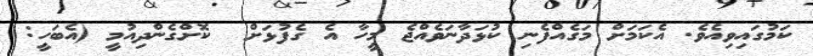
ކަމުގައިވިއެވެ. އެކަމަށް މަގެއްފެނި ކުޅަދާނަވެއްޖެ މީހާ އެ ގެފުޅަށް  ކޮށްގެންދިއުމީ (އެބަހީ: